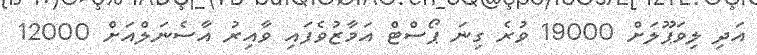
އަދި ލިވަޕޫލަށް 19000 ވުރެ ގިނަ ޕޯސްޓް އަމާޒުވެފައި ވާއިރު އާސެނަލްއަށް 12000